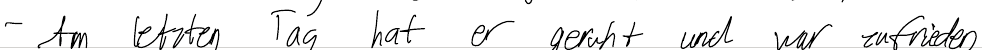
- Am letzten Tag hat er geruht und war zufrieden